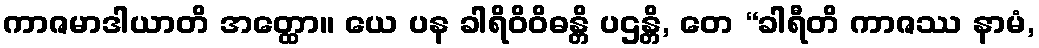
ကာဇမာဒါယာတိ အတ္ထော။ ယေ ပန ခါရိဝိဝိဓန္တိ ပဌန္တိ, တေ “ခါရီတိ ကာဇဿ နာမံ,